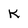
Character: k